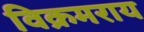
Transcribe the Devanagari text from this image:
विक्रमराय